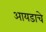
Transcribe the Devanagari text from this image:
आयडाचे